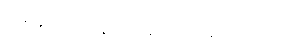
မေးခိုင်ကာကွယ်ဆေးပဲ ထိုးလို့ရတယ်။